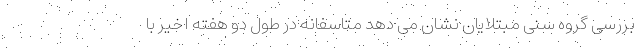
بررسی گروه سنی مبتلایان نشان می دهد متاسفانه در طول دو هفته اخیر با